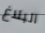
البلاغ